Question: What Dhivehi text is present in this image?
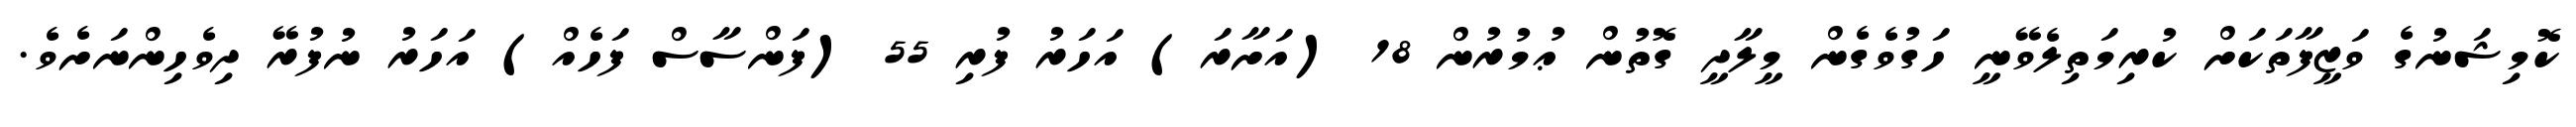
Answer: ކޮމިޝަނުގެ ވަޒީފާތަކަށް ކުރިމަތިލެވޭނީ ހަގުވެގެން މީލާދީ ގޮތުން ޢުމުރުން 18 (އަށާރަ) އަހަރު ފުރި 55 (ފަންސާސް ފަހެއް) އަހަރު ނުފުރޭ ދިވެހިންނަށެވެ.